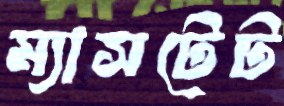
ম্যাসটেট